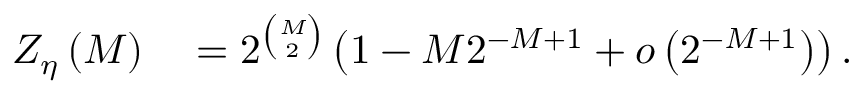
\begin{array} { r l } { Z _ { \eta } \left( M \right) } & { { } = 2 ^ { \binom { M } { 2 } } \left( 1 - M 2 ^ { - M + 1 } + o \left( 2 ^ { - M + 1 } \right) \right) . } \end{array}